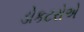
ડોકટરોએ